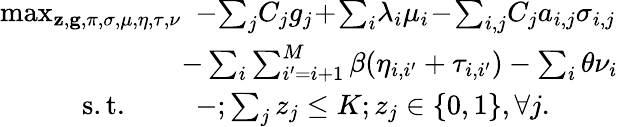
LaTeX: \begin{array}{rl}{\operatorname*{max}_{{\mathbf{z}},{\mathbf{g}},\pi,\sigma,\mu,\eta,\tau,\nu}}&{\! \! \! -\! \sum_{j}\! C_{j}g_{j}\! +\! \sum_{i}\! \lambda_{i}\mu_{i}\! -\! \sum_{i,j}\! C_{j}a_{i,j}\sigma_{i,j}}\\ &{\! \! \! \! \! \! -\sum_{i}\sum_{i^{\prime}=i+1}^{M}\beta(\eta_{i,i^{\prime}}+\tau_{i,i^{\prime}})-\sum_{i}\theta\nu_{i}}\\ {\mathrm{s.t.}\quad\quad}&{\! \! \! -;\sum_{j}z_{j}\leq K;z_{j}\in\{ 0,1\} ,\forall j.}\end{array}